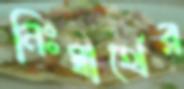
নিঃস্বার্থের